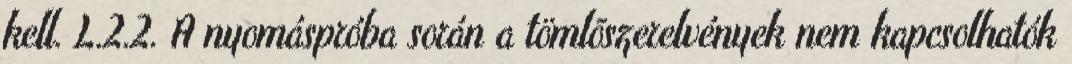
kell. L.2.2. A nyomáspróba során a tömlõszerelvények nem kapcsolhatók